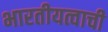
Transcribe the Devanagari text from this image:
भारतीयत्वाची